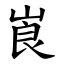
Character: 崀